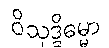
ဝိသုဒ္ဓိဓမ္မာ